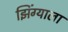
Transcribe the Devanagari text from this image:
झिंग्याला